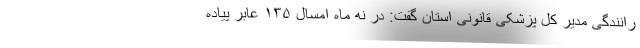
رانندگی مدیر کل پزشکی قانونی استان گفت: در نه ماه امسال ۱۳۵ عابر پیاده